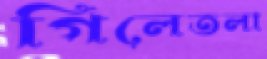
গিলেতলা